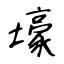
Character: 壕